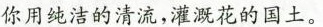
你用纯洁的清流，灌溉花的国土。